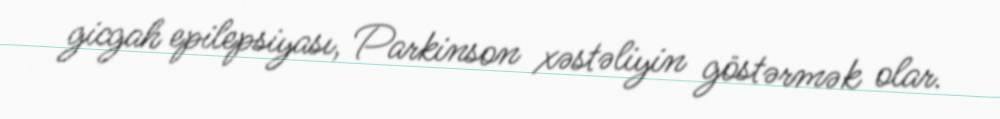
gicgah epilepsiyası, Parkinson xəstəliyin göstərmək olar.